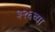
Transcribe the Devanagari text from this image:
३२६च्या